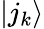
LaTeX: |j_{k}\rangle